Civil Veterinary Department. Central Provinces & Berar 1925-31 - 1925-1931
Year: 1925
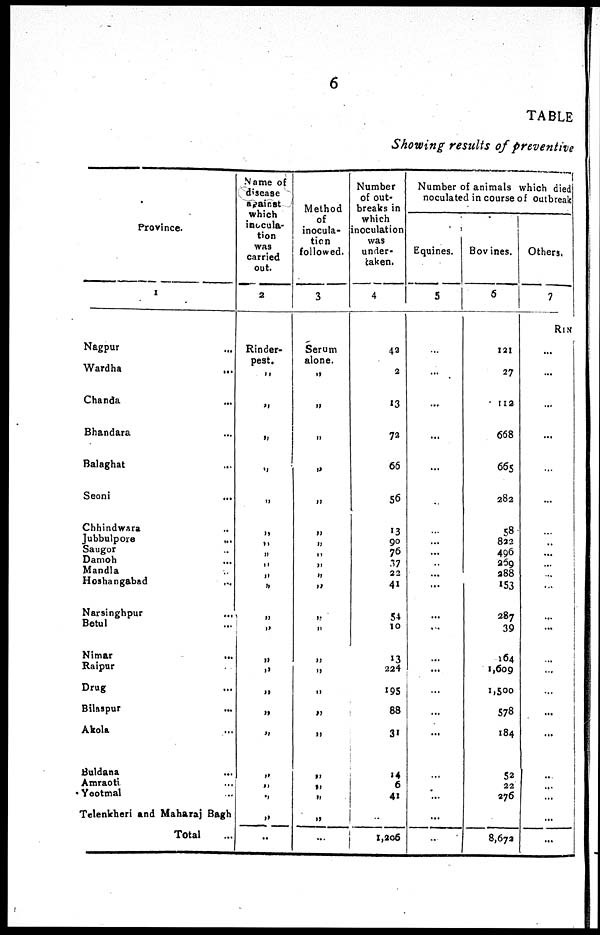
6
TABLE
Showing results of preventive
Province.
1
Nagpur ...
Wardha
...
Chanda ...
Bhandara ...
Balaghat ...
Seoni ...
Chhindwara ...
Jubbulpore
...
Saugor ...
Damoh ...
Mandla ...
Hoshangabad ...
Narsinghpur ...
Betul ...
Nimar ...
Raipur ..
Drug
Bilaspur ...
Akola ...
Buldana ...
Amraoti ...
Yootmal ...
Telenkheri and Maharaj Bagh
Total
Name of
disease
against
which
inocula-
tion
was
carried
out.
2
Rinder-
pest.
„
„
„
„
„
„
„
„
„
„
„
„
„
„
„
„
„
„
„
„
„
„
..
Method
of
inocula-
tion
followed.
3
Serum
alone.
„
„
„
„
„
„
„
„
„
„
„
„
„
„
„
„
„
„
„
„
„
„
...
Number
of out-
breaks in
which
inoculation
was
under-
taken.
4
42
2
13
72
66
56
13
90
76
37
22
41
54
10
13
224
195
88
31
14
6
41
...
1,206
Number of animals which died
noculated in course of outbreak
Equines.
5
...
...
...
...
...
...
...
...
...
...
...
...
...
...
...
...
...
...
...
...
...
...
...
Bovines.
6
121
27
112
668
665
282
58
822
496
259
288
153
287
39
164
1,609
1,500
578
184
52
22
276
...
8,672
Others.
7
RIN
...
...
...
...
...
...
...
...
...
...
...
...
...
...
...
...
...
...
...
...
...
...
...